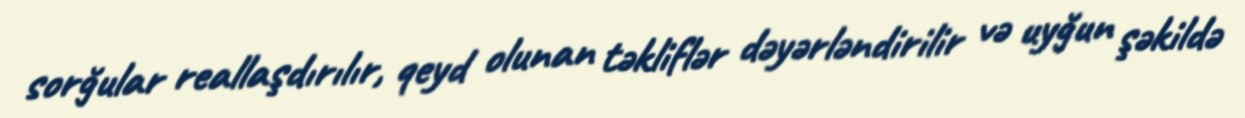
sorğular reallaşdırılır, qeyd olunan təkliflər dəyərləndirilir və uyğun şəkildə